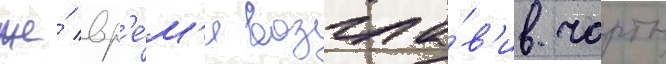
же́ вр'е́м'я возгла́в'ив чарты